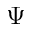
\Psi